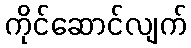
ကိုင်ဆောင်လျက်